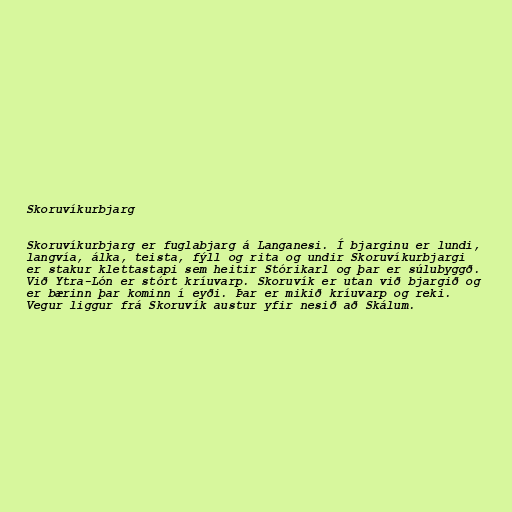
Skoruvíkurbjarg

Skoruvíkurbjarg er fuglabjarg á Langanesi. Í bjarginu er lundi,
langvía, álka, teista, fýll og rita og undir Skoruvíkurbjargi
er stakur klettastapi sem heitir Stórikarl og þar er súlubyggð.
Við Ytra-Lón er stórt kríuvarp. Skoruvík er utan við bjargið og
er bærinn þar kominn í eyði. Þar er mikið kríuvarp og reki.
Vegur liggur frá Skoruvík austur yfir nesið að Skálum.